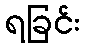
ရခြင်း